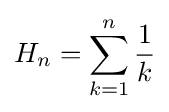
H_{n}=\sum _{k=1}^{n}{\frac {1}{k}}